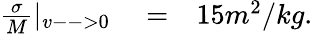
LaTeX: \begin{array}{rlr}{\frac{\sigma}{M}|_{v-->0}}&{{}=}&{15m^{2}/kg.}\end{array}